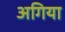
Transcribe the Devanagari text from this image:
अगिया